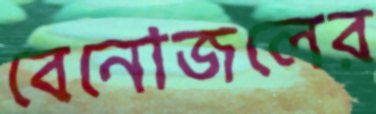
বেনোজলের